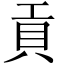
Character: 貢